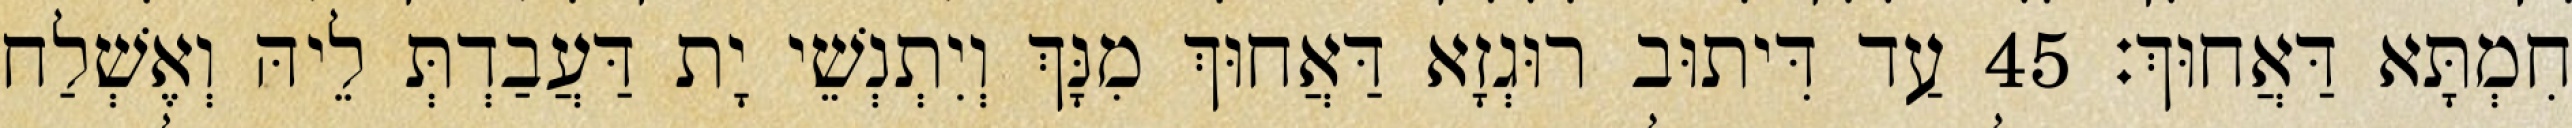
חִמְתָּא דַּאֲחוּךְ׃ 45 עַד דִּיתוּב רוּגְזָא דַּאֲחוּךְ מִנָּךְ וְיִתְנְשֵׁי יָת דַּעֲבַדְתְּ לֵיהּ וְאֶשְׁלַח